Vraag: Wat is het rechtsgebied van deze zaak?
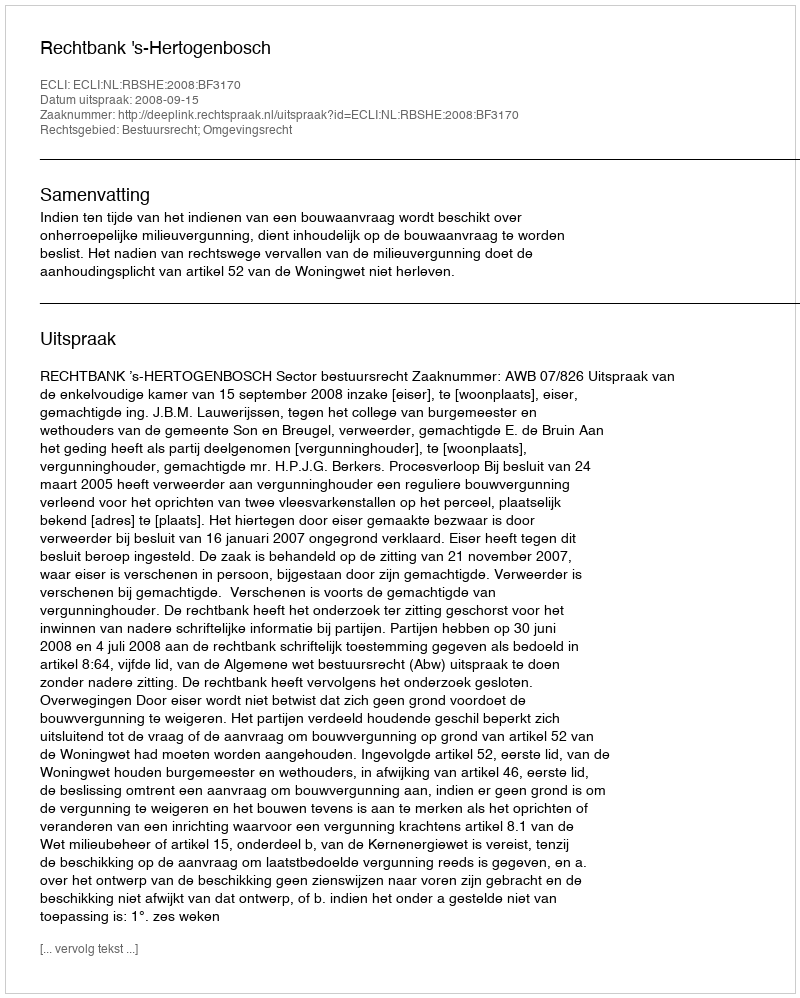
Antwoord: Bestuursrecht; Omgevingsrecht